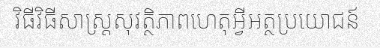
វិធីវិធីសាស្ត្រសុវត្ថិភាពហេតុអ្វីអត្ថប្រយោជន៍